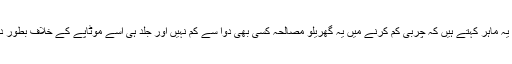
دارچینی کے بارے میں یہ ماہر کہتے ہیں کہ چربی کم کرنے میں یہ گھریلو مصالحہ کسی بھی دوا سے کم نہیں اور جلد ہی اسے موٹاپے کے خلاف بطور دوا استعمال کیا جائے گا۔